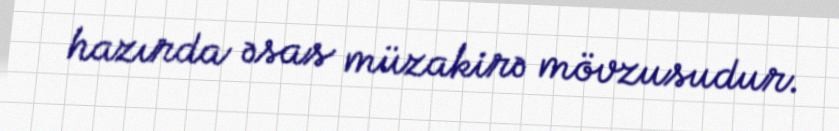
hazırda əsas müzakirə mövzusudur.